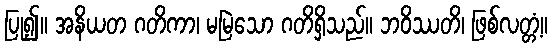
ပြု၍။ အနိယတ ဂတိကာ၊ မမြဲသော ဂတိရှိသည်။ ဘဝိဿတိ၊ ဖြစ်လတ္တံ့။